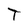
Character: T